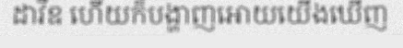
ដាវីឌ ហើយក៏បង្ហាញអោយយើងឃើញ